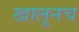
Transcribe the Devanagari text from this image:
खालूनच